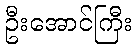
ဦးအောင်ကြီး